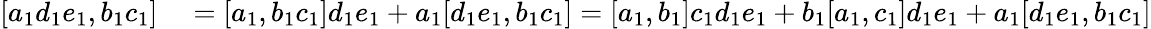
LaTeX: \begin{array}{rl}{\left[a_{1}d_{1}e_{1},b_{1}c_{1}\right]}&{{}=[a_{1},b_{1}c_{1}]d_{1}e_{1}+a_{1}[d_{1}e_{1},b_{1}c_{1}]=[a_{1},b_{1}]c_{1}d_{1}e_{1}+b_{1}[a_{1},c_{1}]d_{1}e_{1}+a_{1}[d_{1}e_{1},b_{1}c_{1}]}\end{array}